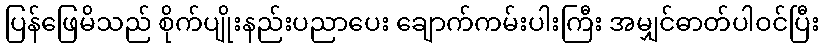
ပြန်ဖြေမိသည် စိုက်ပျိုးနည်းပညာပေး ချောက်ကမ်းပါးကြီး အမျှင်ဓာတ်ပါဝင်ပြီး